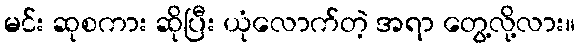
မင်း ဆုစကား ဆိုပြီး ယုံလောက်တဲ့ အရာ တွေ့လို့လား။